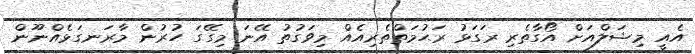
އެއީ މިޝަލްއަށް އޯގާތެރި ރަގަޅު ރަޙުމަތްތެރިއެއް މިވަގުތު އޭނަ މިގޭގަ ހުރުން މާރަނގަޅެއްނޫން